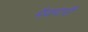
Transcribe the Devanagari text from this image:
मैक्वारी